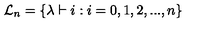
{ \cal L } _ { n } = \{ \lambda \vdash i : i = 0 , 1 , 2 , . . . , n \}